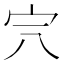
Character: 𡧆